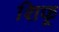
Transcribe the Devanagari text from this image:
शिफू